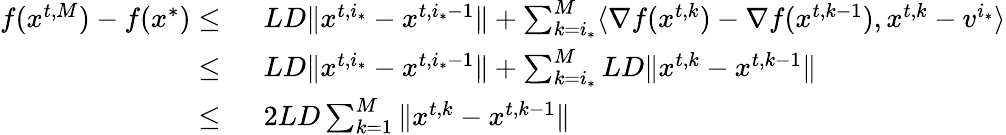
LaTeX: \begin{array}{rl}{f({x}^{t,M})-f({x}^{*})\le\ }&{LD\| {x}^{t,i_{*}}-{x}^{t,i_{*}-1}\| +\sum_{k=i_{*}}^{M}\langle\nabla f({x}^{t,k})-\nabla f({x}^{t,k-1}),{x}^{t,k}-{v}^{i_{*}}\rangle}\\ {\le\ }&{LD\| {x}^{t,i_{*}}-{x}^{t,i_{*}-1}\| +\sum_{k=i_{*}}^{M}LD\| {x}^{t,k}-{x}^{t,k-1}\| }\\ {\le\ }&{2LD\sum_{k=1}^{M}\| {x}^{t,k}-{x}^{t,k-1}\| }\end{array}